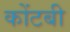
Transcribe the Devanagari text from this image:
कोंटबी